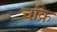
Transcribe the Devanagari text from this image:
चक्रि